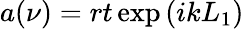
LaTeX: a(\nu)=rt\exp{(ikL_{1})}